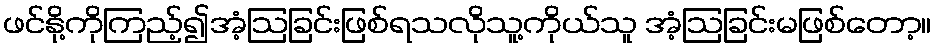
ဖင်နို့ကိုကြည့်၍အံ့ဩခြင်းဖြစ်ရသလိုသူ့ကိုယ်သူ အံ့ဩခြင်းမဖြစ်တော့။